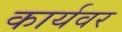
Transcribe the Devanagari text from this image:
कार्यवर